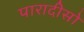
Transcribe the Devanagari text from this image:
पारादीसो